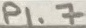
Text: P1.7